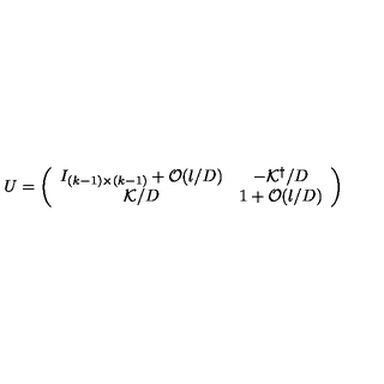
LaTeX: U = \left( \begin{array} { c c } { I _ { ( k - 1 ) \times ( k - 1 ) } + { \cal O } ( l / D ) } & { - { \cal K } ^ { \dagger } / D } \\ { { \cal K } / D } & { 1 + { \cal O } ( l / D ) } \\ \end{array} \right)